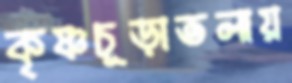
কৃষ্ণচূড়াতলায়